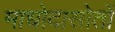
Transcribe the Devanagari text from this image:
माधोदासोतों